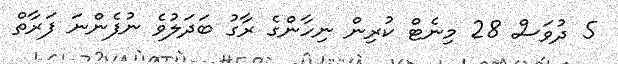
5 ދުވަސް 28 މިނެޓް ކުރިން ނިހާންގެ ރާގު ބަދަލުވެ ނުފެންނަ ފަރާތް